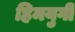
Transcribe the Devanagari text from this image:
हिमयुगी